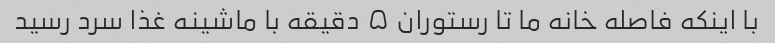
با اینکه فاصله خانه ما تا رستوران ۵ دقیقه با ماشینه غذا سرد رسید